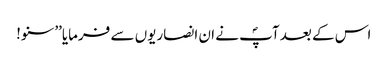
اس کے بعد آپؐ نے ان انصاریوں سے فرمایا’’سنو!